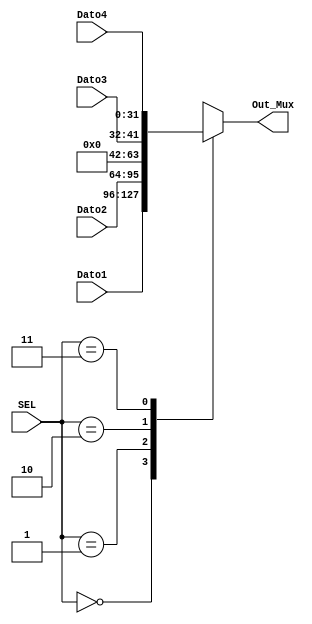
`timescale 1ns / 1ps
//////////////////////////////////////////////////////////////////////////////////
// Company: 
// Engineer: 
// 
// Design Name: 
// Module Name:    mux4_gen 
// Project Name: 
// Target Devices: 
// Tool versions: 
// Description: 
//
// Dependencies: 
//
// Revision: 
// Revision 0.01 - File Created
// Additional Comments: 
//
//////////////////////////////////////////////////////////////////////////////////
module mux4_gen(
	input [1:0] SEL,
   input [31:0] Dato1,
   input [31:0] Dato2,
   input [9:0] Dato3,
	input [31:0] Dato4,
   output reg [31:0] Out_Mux
    );

   always @(SEL, Dato1, Dato2, Dato3, Dato4)
      case (SEL)
         2'b00: Out_Mux <= Dato1;
         2'b01: Out_Mux <= Dato2;
         2'b10: Out_Mux <= Dato3;
         2'b11: Out_Mux <= Dato4;
      endcase

endmodule